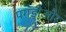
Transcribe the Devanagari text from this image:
पगड़ीऔर